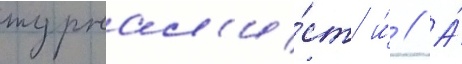
журнал'и́ст и́ // А́